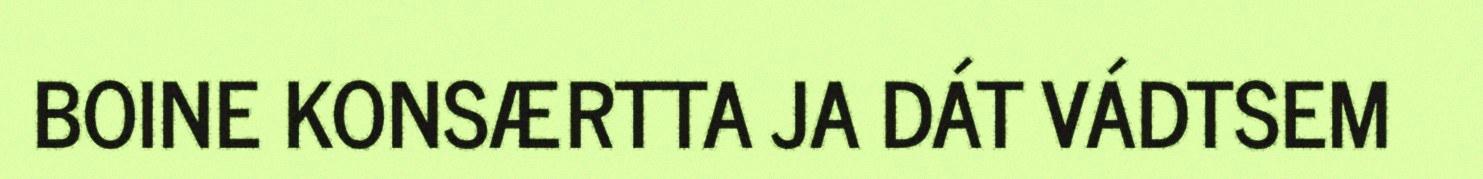
BOINE KONSÆRTTA JA DÁT VÁDTSEM